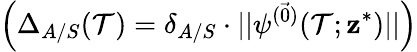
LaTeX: \left(\Delta_{A/S}(\mathcal{T})=\delta_{A/S}\cdot\vert\vert\psi^{(\vec{{0}})}(\mathcal{T};\mathbf{{z}}^{*})\vert\vert\right)